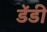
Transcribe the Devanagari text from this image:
डेंडी